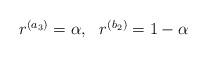
LaTeX: \begin{align*}\begin{array}{cc} r^{(a_3)} = \alpha, & r^{(b_2)} = 1-\alpha\end{array}\end{align*}